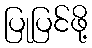
ပြုပြင်ဖို့